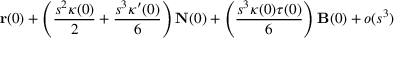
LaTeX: \mathbf { r } ( 0 ) + \left( { \frac { s ^ { 2 } \kappa ( 0 ) } { 2 } } + { \frac { s ^ { 3 } \kappa ^ { \prime } ( 0 ) } { 6 } } \right) \mathbf { N } ( 0 ) + \left( { \frac { s ^ { 3 } \kappa ( 0 ) \tau ( 0 ) } { 6 } } \right) \mathbf { B } ( 0 ) + o ( s ^ { 3 } )